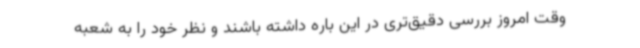
وقت امروز بررسی دقیق‌تری در این باره داشته باشند و نظر خود را به شعبه